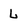
Character: L